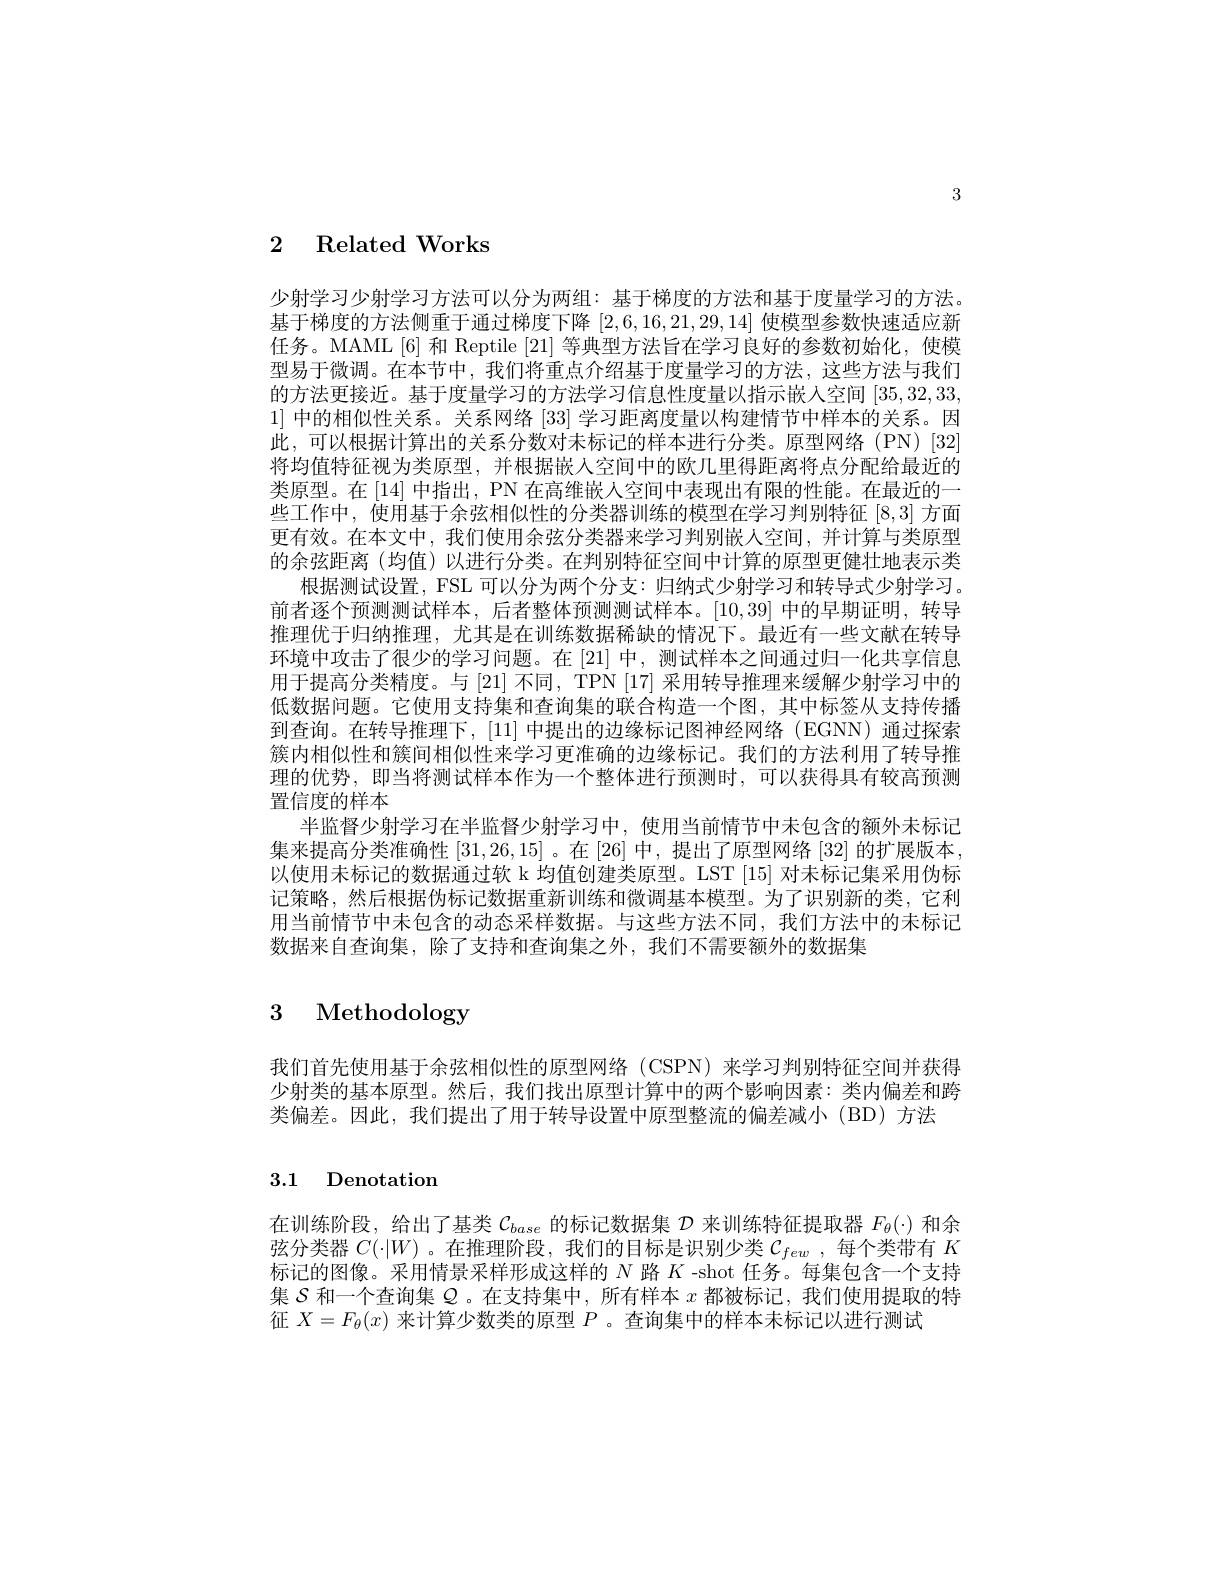
3

2 Related Works

少射学习少射学习方法可以分为两组：基于梯度的方法和基于度量学习的方法。基于梯度的方法侧重于通过梯度下降[2,6,16,21,29,14]使模型参数快速适应新任务。MAML[6] 和 Reptile [21]等典型方法旨在学习良好的参数初始化，使模型易于微调。在本节中，我们将重点介绍基于度量学习的方法，这些方法与我们的方法更接近。基于度量学习的方法学习信息性度量以指示嵌人空间[35,32,33, 1]中的相似性关系。关系网络[33]学习距离度量以构建情节中样本的关系。因此，可以根据计算出的关系分数对未标记的样本进行分类。原型网络(PN)[32] 将均值特征视为类原型，并根据嵌人空间中的欧几里得距离将点分配给最近的类原型。在 [14] 中指出，PN 在高维嵌人空间中表现出有限的性能。在最近的一些工作中，使用基于余弦相似性的分类器训练的模型在学习判别特征[8,3]方面更有效。在本文中，我们使用余弦分类器来学习判别嵌人空间，并计算与类原型的余弦距离(均值)以进行分类。在判别特征空间中计算的原型更健壮地表示类
根据测试设置，FSL 可以分为两个分支：归纳式少射学习和转导式少射学习。前者逐个预测测试样本，后者整体预测测试样本。[10,39]中的早期证明，转导推理优于归纳推理，尤其是在训练数据稀缺的情况下。最近有一些文献在转导环境中攻击了很少的学习问题。在[21]中，测试样本之间通过归一化共享信息用于提高分类精度。与[21] 不同，TPN [17] 采用转导推理来缓解少射学习中的低数据问题。它使用支持集和查询集的联合构造一个图，其中标签从支持传播到查询。在转导推理下，[11]中提出的边缘标记图神经网络(EGNN)通过探索簇内相似性和簇间相似性来学习更准确的边缘标记。我们的方法利用了转导推理的优势，即当将测试样本作为一个整体进行预测时，可以获得具有较高预测置信度的样本
半监督少射学习在半监督少射学习中，使用当前情节中未包含的额外未标记集来提高分类准确性[31,26,15] 。在[26]中，提出了原型网络[32]的扩展版本以使用未标记的数据通过软 k 均值创建类原型。LST [15]对未标记集采用伪标记策略，然后根据伪标记数据重新训练和微调基本模型。为了识别新的类，它利用当前情节中未包含的动态采样数据。与这些方法不同，我们方法中的未标记数据来自查询集，除了支持和查询集之外，我们不需要额外的数据集

# 3 Methodology

我们首先使用基于余弦相似性的原型网络 (CSPN) 来学习判别特征空间并获得少射类的基本原型。然后，我们找出原型计算中的两个影响因素：类内偏差和跨类偏差。因此，我们提出了用于转导设置中原型整流的偏差减小(BD)方法

# 3.1 Denotation

在训练阶段，给出了基类$\mathcal{C}_base$的标记数据集$\mathcal{D}$来训练特征提取器$F_\theta(\cdot)$和余弦分类器$C(\cdot|W)$ 。在推理阶段，我们的目标是识别少类$\mathcal{C} _few$ , 每个类带有$K$ 标记的图像。采用情景采样形成这样的$N$路$K$ -shot 任务。每集包含一个支持集$\mathcal{S}$和一个查询集$\mathcal{Q}$。在支持集中，所有样本$x$都被标记，我们使用提取的特征$X=F_\theta(x)$来计算少数类的原型$P$ 。查询集中的样本未标记以进行测试